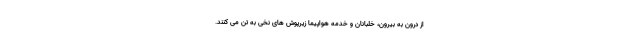
از درون به بیرون، خلبانان و خدمه هواپیما زیرپوش های نخی به تن می کنند.